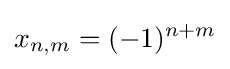
x_{n,m}=(-1)^{n+m}